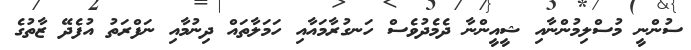
ސުންނީ މުސްލިމުންނާއި ޝީއީންނާ ދެމެދުވެސް ހަނގުރާމައާއި ހަމަލާތައް ދިނުމާއި ނަފްރަތު އުފެދޭ ޒާތުގެ